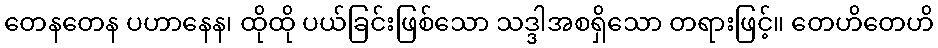
တေနတေန ပဟာနေန၊ ထိုထို ပယ်ခြင်းဖြစ်သော သဒ္ဒါအစရှိသော တရားဖြင့်။ တေဟိတေဟိ